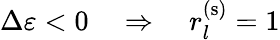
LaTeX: \Delta\varepsilon<0\quad\Rightarrow\quad r_{l}^{(\mathrm{s})}=1